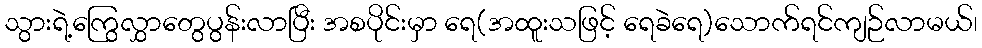
သွားရဲ့ကြွေလွှာတွေပွန်းလာပြီး အစပိုင်းမှာ ရေ(အထူးသဖြင့် ရေခဲရေ)သောက်ရင်ကျဉ်လာမယ်၊